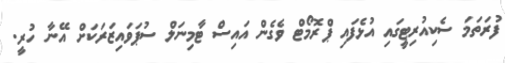
ފުރަތަމަ ސެކިއުރިޓީގައި އުޅެފައި ޕްރޮމޯޓް ވެގެން އައިސް ޓާމިނަލް ސުޕަވައިޒަރަކަށް އޭނާ ހުރީ.